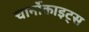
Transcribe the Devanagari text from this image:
चार्नोकाइट्स